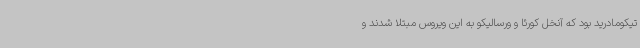
تیکومادرید بود که آنخل کورئا و ورسالیکو به این ویروس مبتلا شدند و